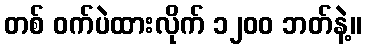
တစ် ဝက်ပဲထားလိုက် ၁၂၀၀ ဘတ်နဲ့။